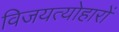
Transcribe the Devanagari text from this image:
विजयत्योहारों